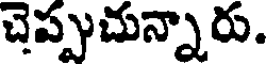
చెప్పుచున్నారు.